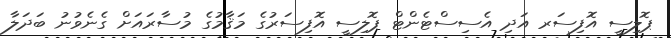
ޕޮލިސީ އޮފިސަރ އަދި އެސިސްޓެންޓް ޕޮލިސީ އޮފިސަރުގެ މަޤާމުގެ މުސާރައަށް ގެނެވުނު ބަދަލާ